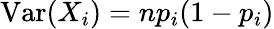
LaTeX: \operatorname{Var}(X_{i})=np_{i}(1-p_{i})